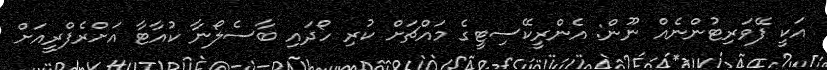
އަކީ ފޭވަރިޓުންނެއް ނޫން: އެންރީކޭސިޓީގެ މައްޗަށް ކުރި ހޯދައި ބާސެލޯނާ ކުއާޓާ އަށްރެފްރީއަށް